Jaan_Tonisson_(Lasteleht), lk 433
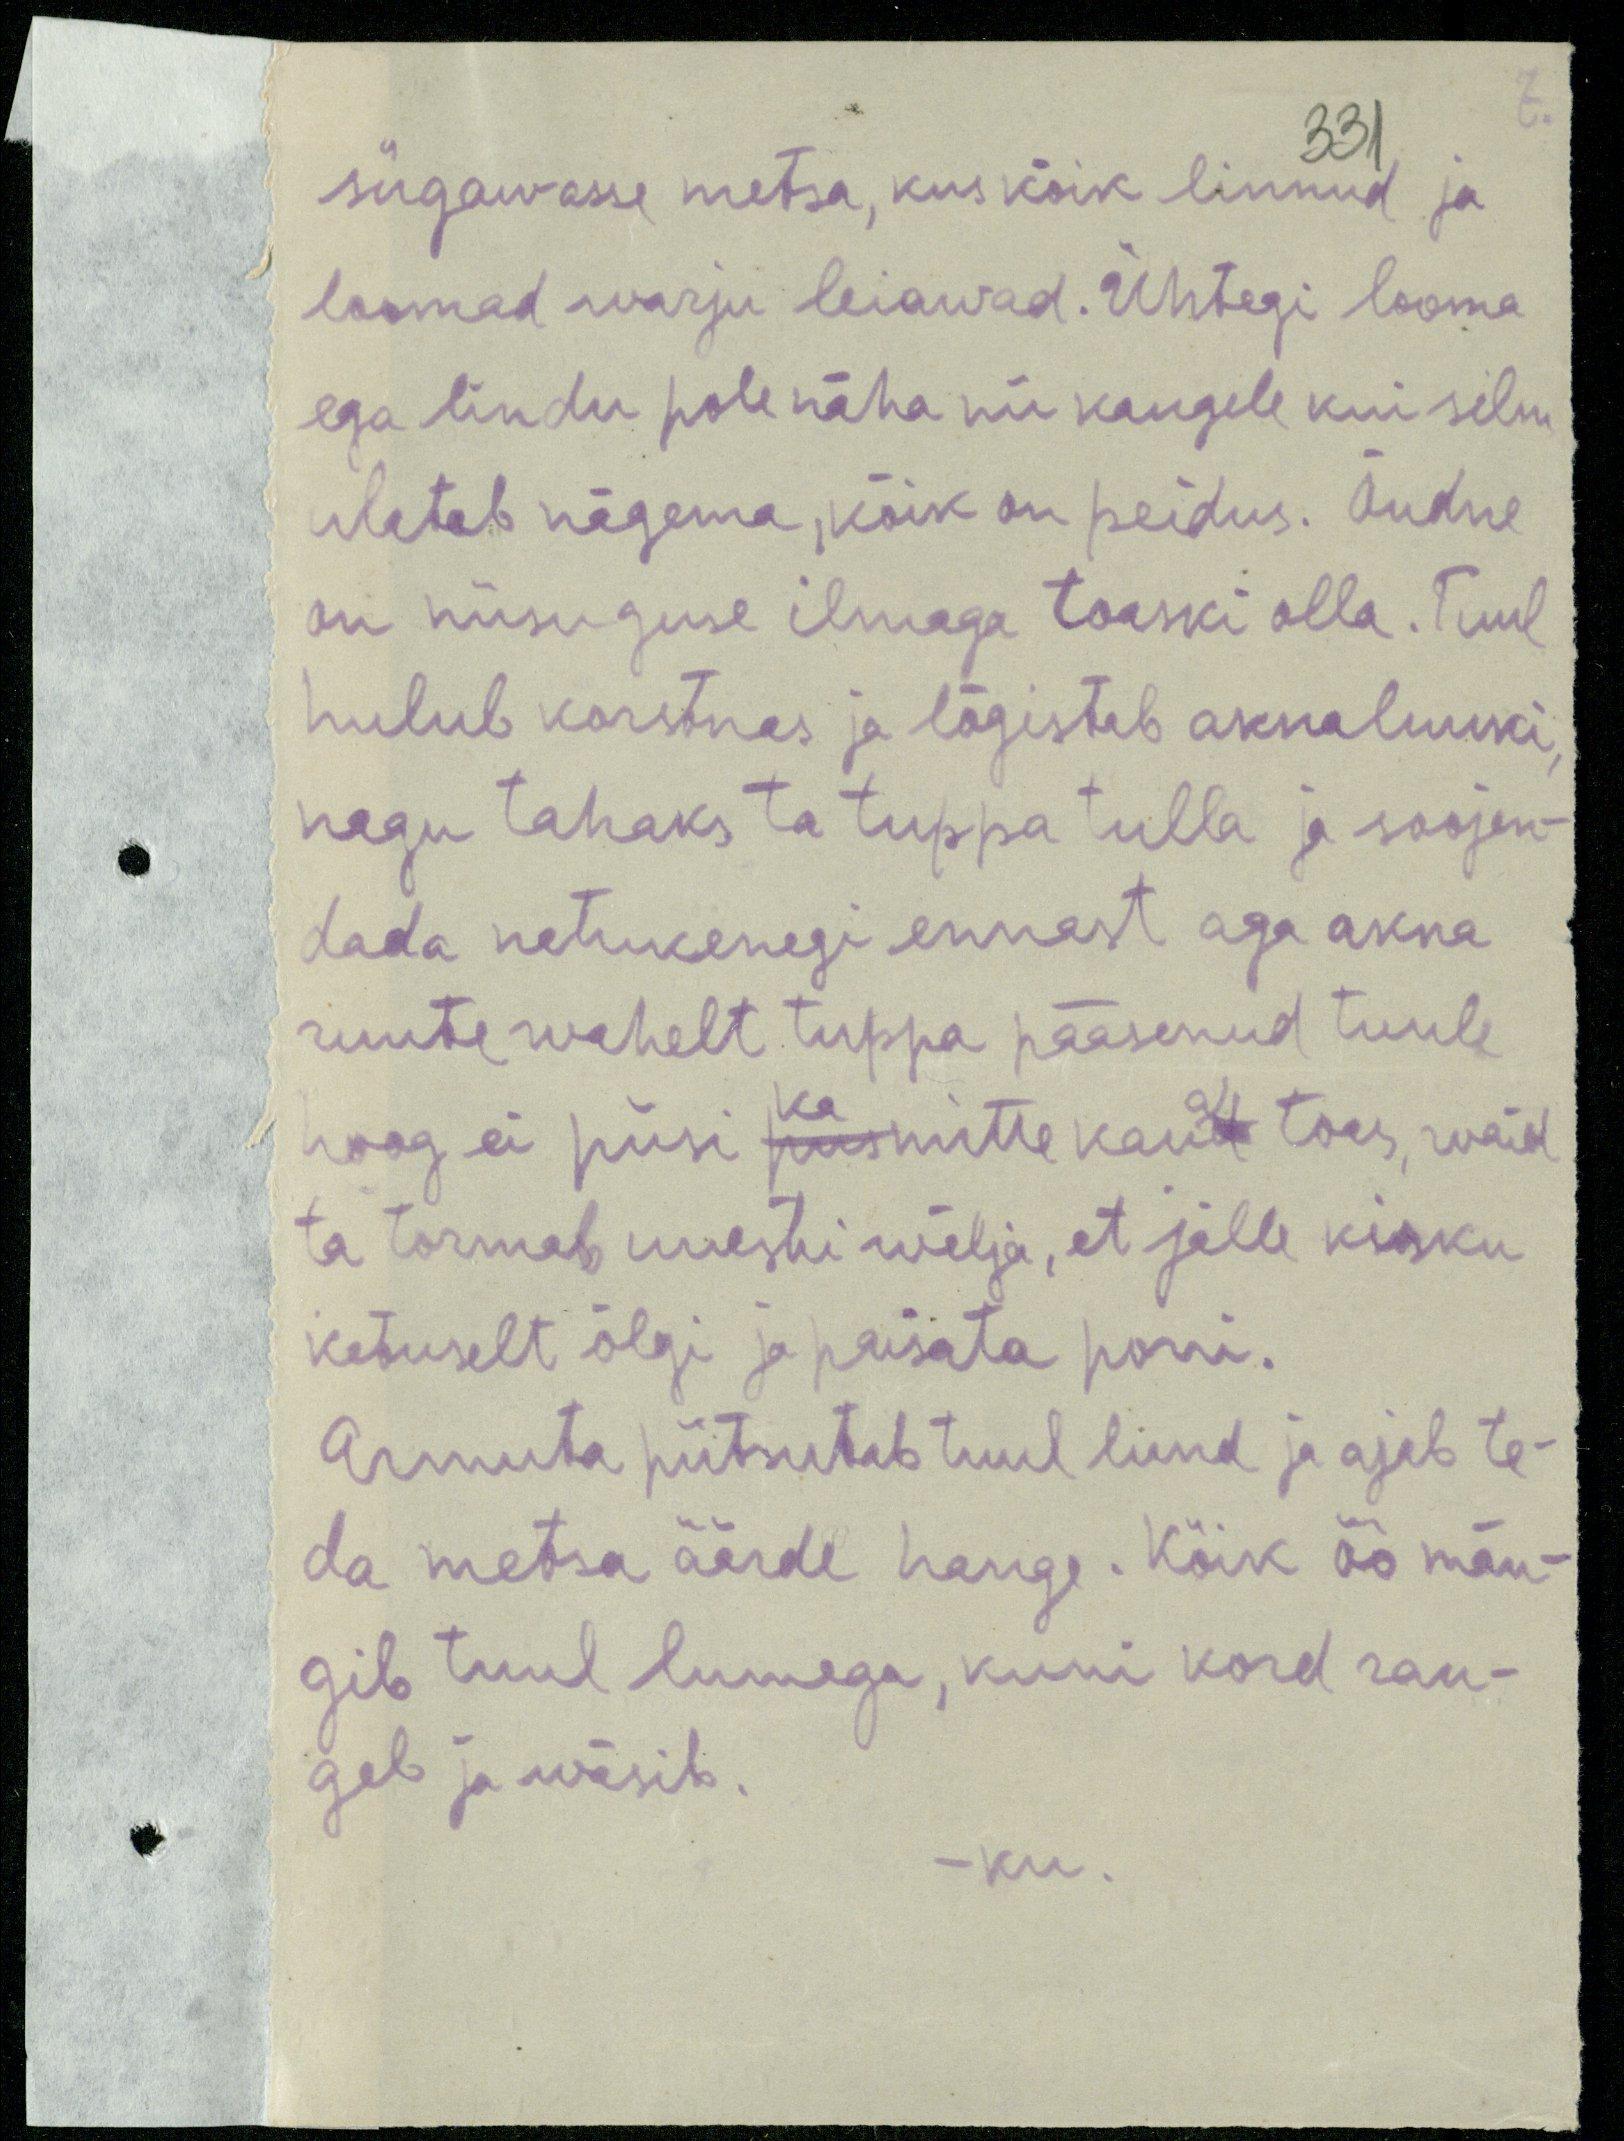
331
sügawasse metsa, kus kõik linnud ja
loomad warju leiavad. Ühtegi looma-
ega lindu pole näha nii kaugele kui silm
ulatab nägema, kõik on peidus. õudne
on niisuguse ilmaga toaski olla. Tuul
hulub korstnas ja lõgistab aknaluuki
nagu tahaks ta tuppa tulla ja soojen-
dada natukenegi ennast aga akna
ruute wahelt tuppa pääsenud tuule.
hoog ei püsi ka mitte kaua toas, waid
ta tormab uuesti wälja, et jälle kisku
katuselt õlgi ja paisata porri.
Armuta piitsutab tuul lund ja ajab te-
da metsa äärde hange. Kõik öö män-
gib tuul lumega, kuni kord rau-
geb ja wäsib.
-ku.